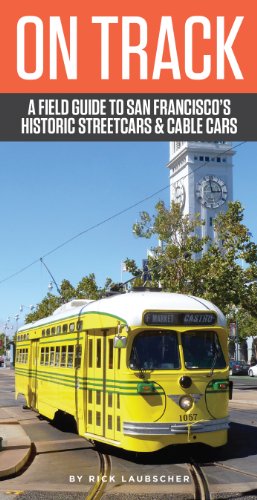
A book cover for On Track: A Field Guide to San Francisco's Streetcars and Cable Cars; Rick Laubscher; Engineering & Transportation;